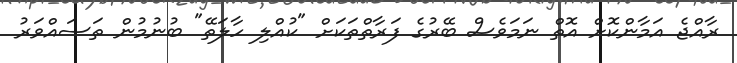
ރާއްޖެ އަމާންކޮށް އޮތް ނަމަވެސް ބޭރުގެ ފަރާތްތަކަށް "ކުއްލި ހާލަތޭ" ބުނުމުން ތަސައްވަރު